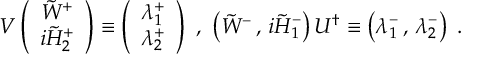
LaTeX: V \left( \begin{array} { c } { { \tilde { W } ^ { + } } } \\ { { { i \tilde { H } _ { 2 } ^ { + } } } } \end{array} \right) \equiv \left( \begin{array} { c } { { \lambda _ { 1 } ^ { + } } } \\ { { \lambda _ { 2 } ^ { + } } } \end{array} \right) \, \, , \, \, \left( \tilde { W } ^ { - } \, , \, { i \tilde { H } _ { 1 } ^ { - } } \right) U ^ { \dagger } \equiv \left( \lambda _ { 1 } ^ { - } \, , \, \lambda _ { 2 } ^ { - } \right) \; .